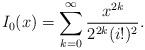
LaTeX: \begin{align*}I_0(x)= \sum_{k=0}^{\infty}\frac{x^{2k}}{2^{2k}(i!)^2}.\end{align*}